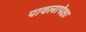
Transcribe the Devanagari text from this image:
पावलापेक्षा